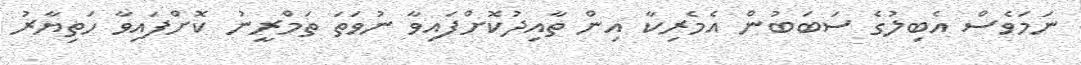
ނަމަވެސް އެބިލުގެ ސަބަބުން އެމެރިކާ އިން ތާއިދުކޮށްފައިވާ ނުވަތަ ތަމްރީނު ކޮށްފައިވާ ހަތިޔާރު